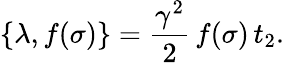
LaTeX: \{ \lambda,f(\sigma)\} =\frac{\gamma^{2}}{2}\, f(\sigma)\, t_{2}.